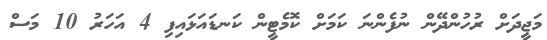
މަޖީދަށް ރުހުންދޭން ނުފެންނަ ކަމަށް ކޮމެޓީން ކަނޑައަޅައިފި 4 އަހަރު 10 މަސް